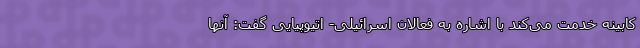
کابینه خدمت می‌کند با اشاره به فعالان اسرائیلی- اتیوپیایی گفت: آنها